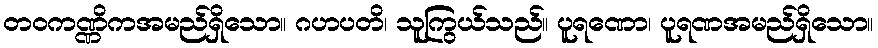
တဝကဏ္ဏိကအမည်ရှိသော။ ဂဟပတိ၊ သူကြွယ်သည်။ ပူရဏော၊ ပူရဏအမည်ရှိသော။